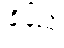
ချိန်ညှိ